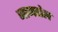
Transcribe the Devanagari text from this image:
जामडोल